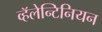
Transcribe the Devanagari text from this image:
व्हॅलेन्टिनियन